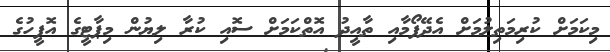
މިކަމަށް ކުރިމަތިލުމަށް އެދޭފޯމާއި ތާއީދު އޮތްކަމަށް ސޮއި ކުރާ ލިޔުން މިޕާޓީގެ އޮފީހުގެ